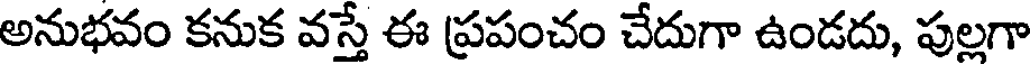
అనుభవం కనుక వస్తే ఈ ప్రపంచం చేదుగా ఉండదు, పుల్లగా